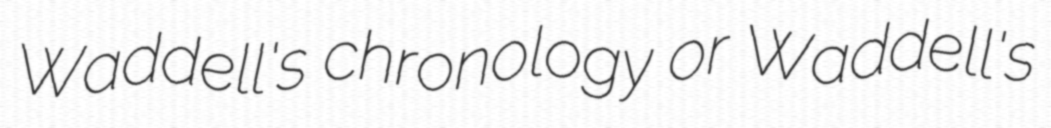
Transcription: Waddell's chronology or Waddell's